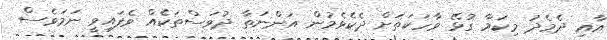
އާއި ދެމެދު މިކަމާ ގުޅޭ ވާހަކަތަށް ދެކެވެމުން އަންނަތާ ދުވަސްތަކެއް ވެފައިވީ ނަމަވެސް